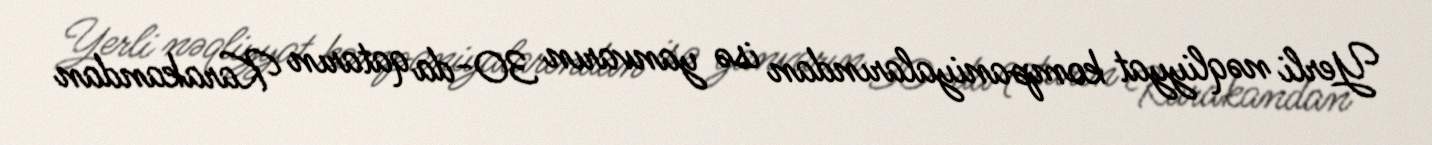
Yerli nəqliyyat kompaniyalarından isə yanvarın 30-da qatarın Karakandan